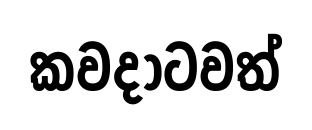
කවදාටවත්